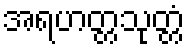
အရဟတ္တသုတ္တံ